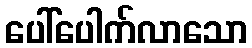
ပေါ်ပေါက်လာသော